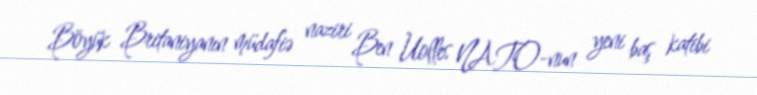
Böyük Britaniyanın müdafiə naziri Ben Uolles NATO-nun yeni baş katibi